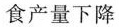
食产量下降